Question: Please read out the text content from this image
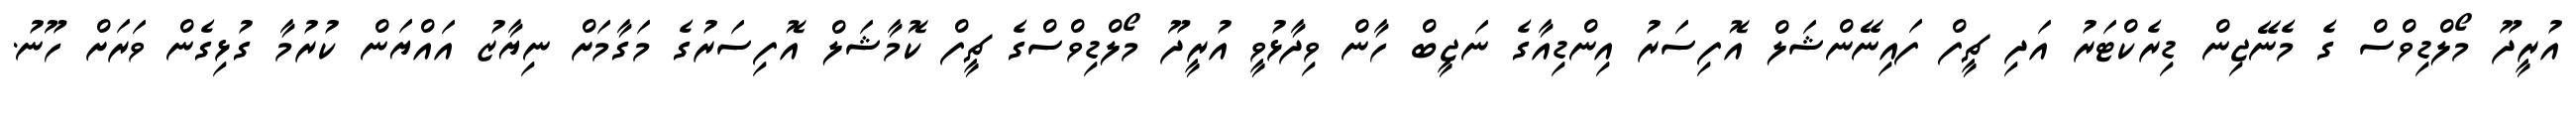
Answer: އުރީދޫ މޯލްޑިވްސް ގެ މެނޭޖިން ޑިރެކްޓަރު އަދި ޗީފް ފައިނޭންޝަލް އޮފިސަރު އިންޑިއާގެ ނަޖީބް ހާން ވިދާޅުވީ އުރީދޫ މޯލްޑިވްސްގެ ޗީފް ކޮމާޝަލް އޮފިސަރުގެ މަގާމަށް ނިޔާޒު އައްޔަން ކުރުމާ ގުޅިގެން ވަރަށް ހޫނު.